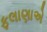
ફલાણાએ